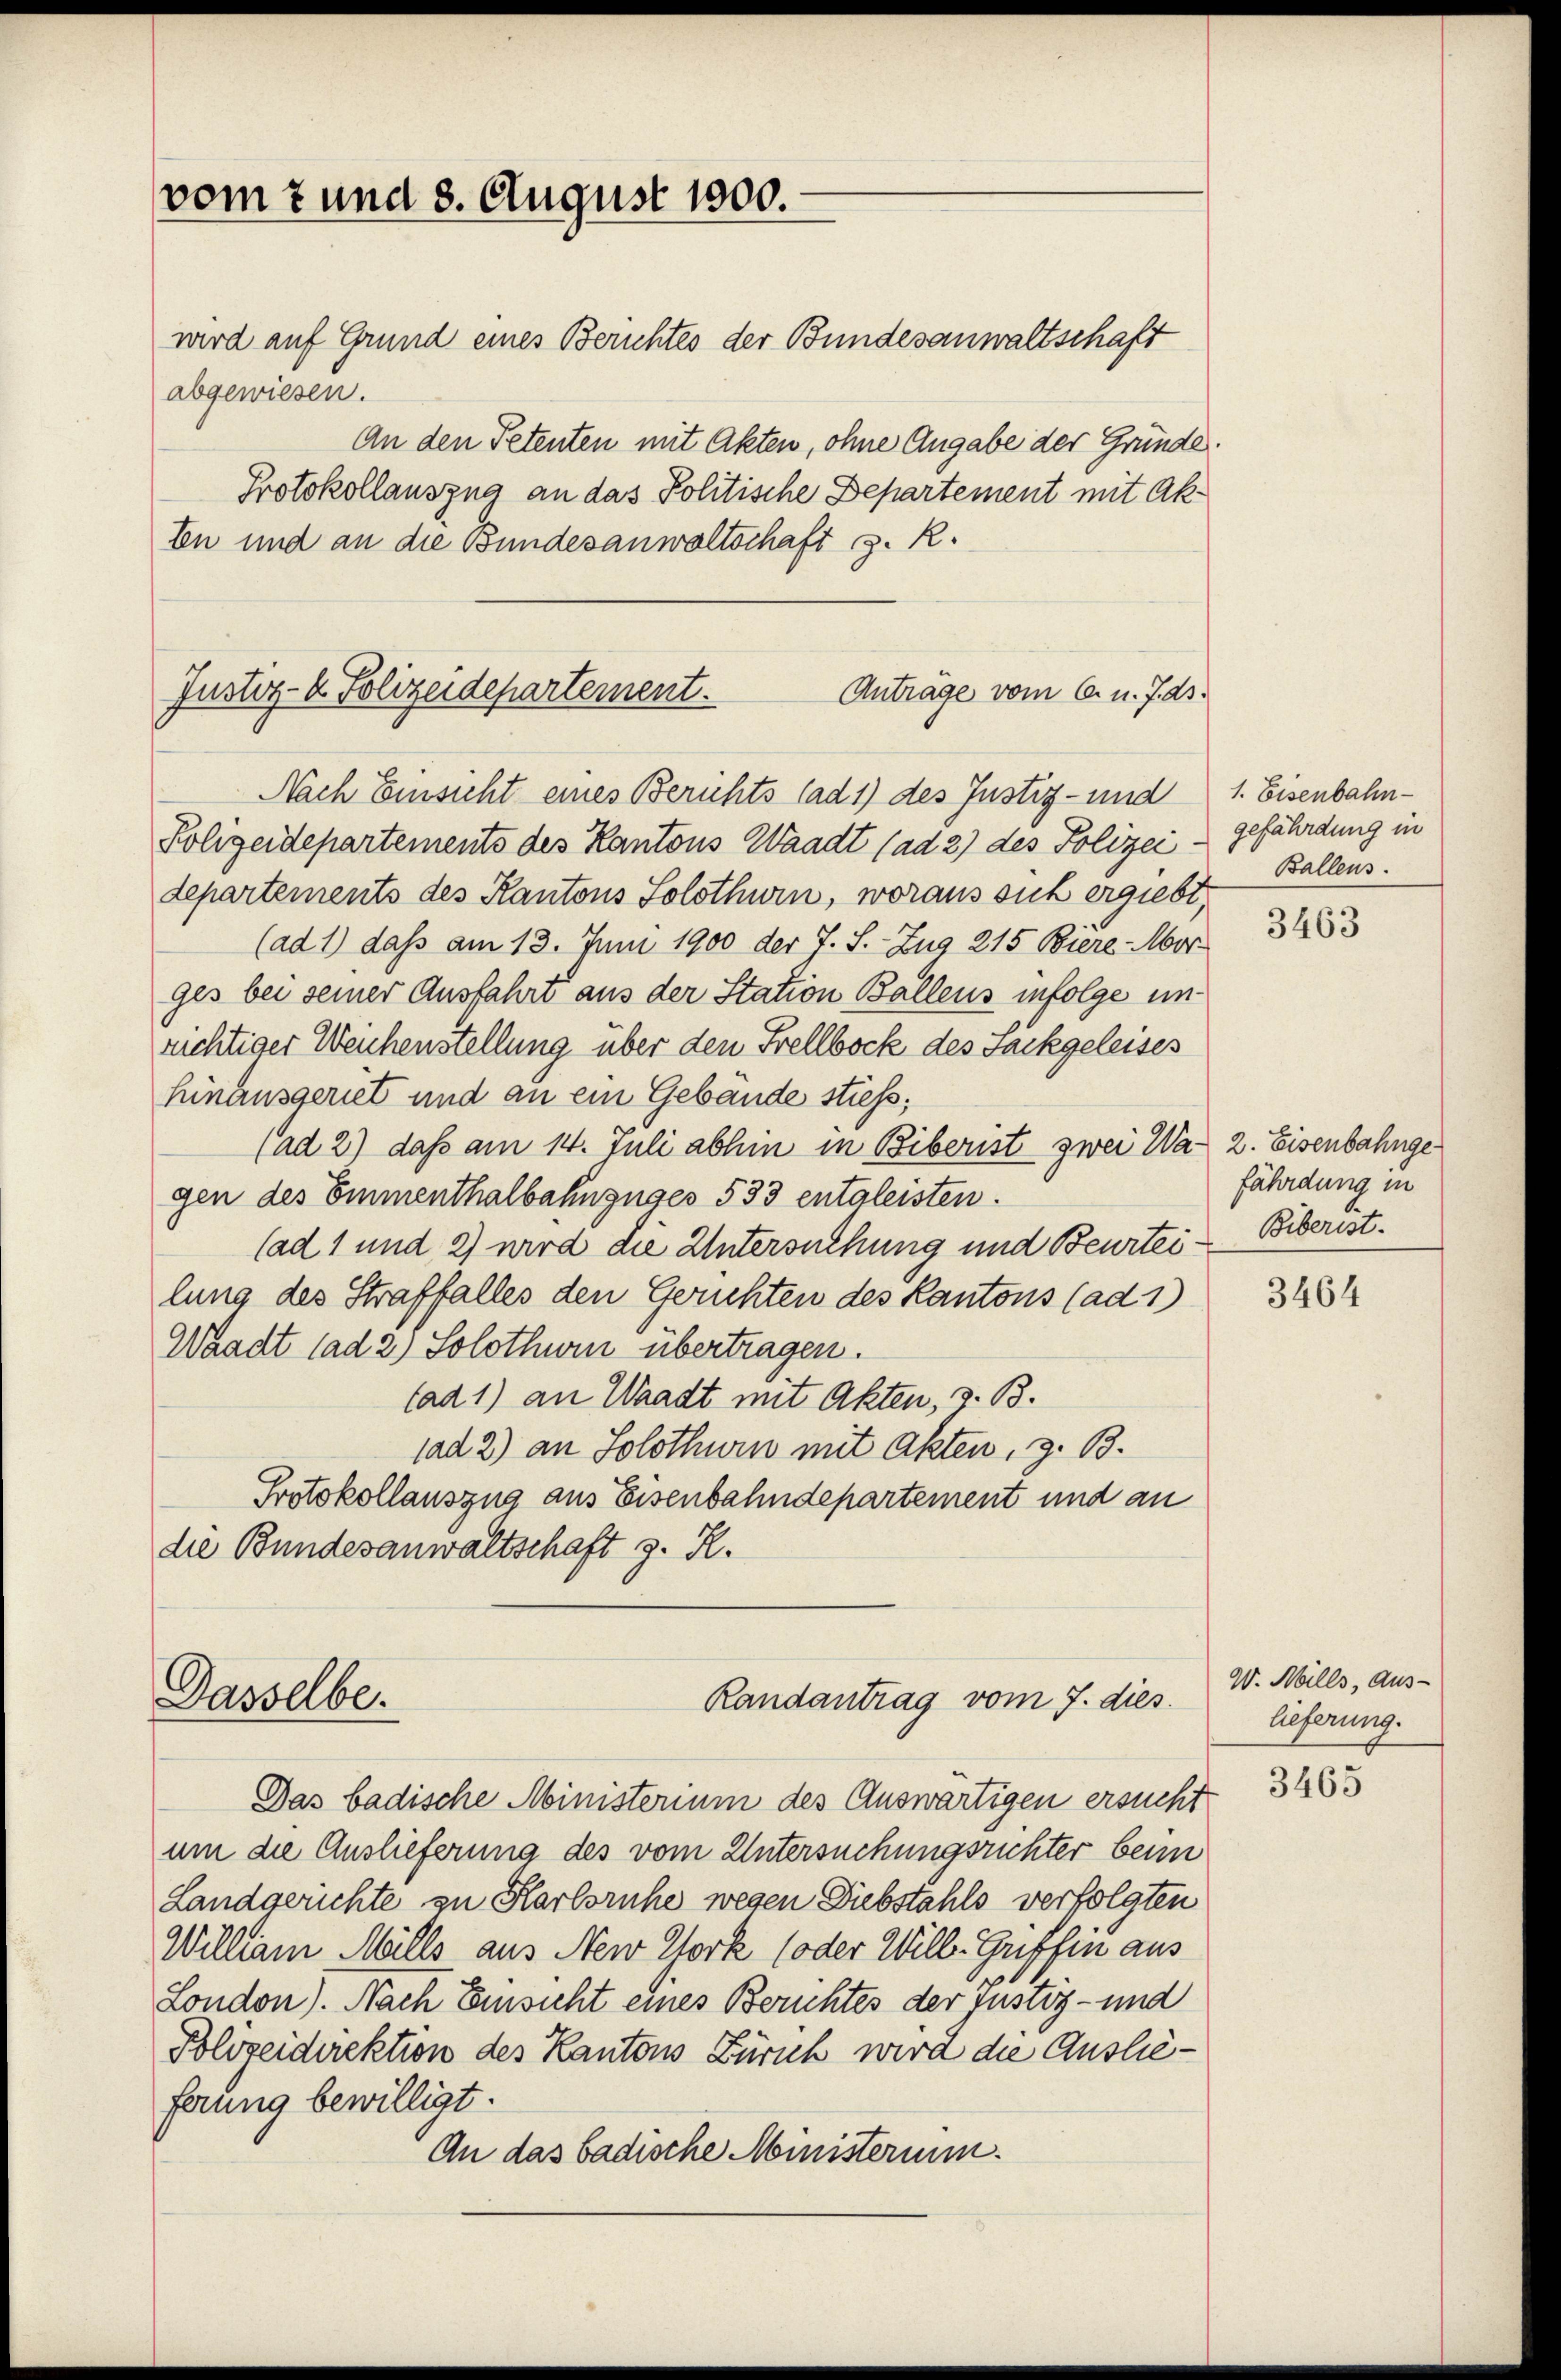
vom 7 und 8. August 1800.

Justiz- & Polizeidepartement.
Anträge vom 6. d. J. ds.

Dasselbe.

wird auf Grund eines Berichtes der Bundesanwaltschaft
abgewiesen.
An den Petenten mit Akten, ohne Angabe der Gründe.
Protokollauszug an das Politische Departement mit Ak¬
En und an die Bundesanwaltschaft s. R.
Nach Einsicht eines Berichts ad 1) des Justiz- und
Polizeidepartements des Kantons Waadt (ad 2) des Polizei
departements des Kantons Solothwin, woraus such ergiebt,
(ad 1) dass am 13. Juni 1900 der T. S. Zug 215 Biere Morges bei seiner Ausfahrt aus der Station Ballens infolge unrüchtiger Weichenstellung über den Frellbock des Jackgeleises
hinausgeriet und an ein Gebäude stiess,
(ad 2) daß am 14. Juli abhin in Biberist zwei Wa- 2. Eisenbahnge
gen des Emmenthalbahnzüges 533 entaleisten.
(ad 1 und 2) wird die Untersuchung und Beurtei- Biberist.
lung des Straffalles den Gerichten des Kantons (ad 1)
Waadt ad 2) Solothuin übertragen.
(ad 1) an Waadt mit Akten, z. B.
sad 2) an Solothurn mit Akten, z. B.
Protokollauszug aus Eisenbahndepartement und an
die Bundesanwaltschaft z. R.

Randantrag vom 7. dies

1. Eisenbahn-
gefährdung in
Ballens.

Das badische Ministerium des Auswärtigen ersucht
um die Auslieferung des vom Untersuchungsrichter beim
Landgerichte zu Karlsruhe wegen Diebstahls verfolgten
William Mills aus New York (oder Wille Griffen aus
London). Nach Einsicht eines Berichtes der Justiz- und
Polizeidirektion des Kantons Zürich wird die Auslieferung bewilligt.
An das badische Ministerium.

3463

fährdung in

3464

W. Mills, Aus-
lieferung.

3465